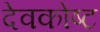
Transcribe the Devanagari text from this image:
देवकोष्ट